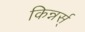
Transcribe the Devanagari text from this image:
किन्नर्स्